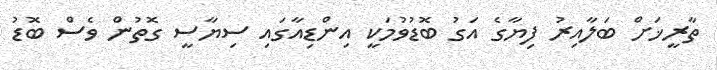
ތާރީޚަށް ބަލާއިރު ފިޔާގެ އަގު ބޮޑުވުމަކީ އިންޑިއާގައި ސިޔާސީ ގޮތުން ވެސް ބޮޑު